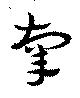
辜